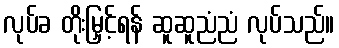
လုပ်ခ တိုးမြှင့်ရန် ဆူဆူညံညံ လုပ်သည်။